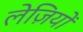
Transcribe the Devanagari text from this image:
लेज़ियों